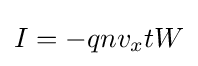
I=-qnv_{x}tW